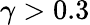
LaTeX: \gamma>0.3